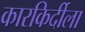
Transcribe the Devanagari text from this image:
कारकिर्दीला